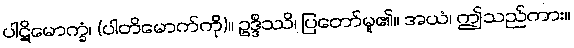
ပါဋိမောက္ခံ၊ (ပါတိမောက်ကို)။ ဥဒ္ဒိဿိ၊ ပြတော်မူ၏။ အယံ၊ ဤသည်ကား။